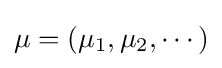
\mu =(\mu _{1},\mu _{2},\cdots )